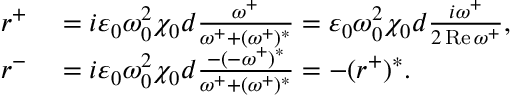
\begin{array} { r l } { r ^ { + } } & { { } = i \varepsilon _ { 0 } \omega _ { 0 } ^ { 2 } \chi _ { 0 } d \frac { \omega ^ { + } } { \omega ^ { + } + ( \omega ^ { + } ) ^ { * } } = \varepsilon _ { 0 } \omega _ { 0 } ^ { 2 } \chi _ { 0 } d \frac { i \omega ^ { + } } { 2 \operatorname { R e } \omega ^ { + } } , } \\ { r ^ { - } } & { { } = i \varepsilon _ { 0 } \omega _ { 0 } ^ { 2 } \chi _ { 0 } d \frac { - ( - \omega ^ { + } ) ^ { * } } { \omega ^ { + } + ( \omega ^ { + } ) ^ { * } } = - ( r ^ { + } ) ^ { * } . } \end{array}